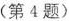
(第4题)